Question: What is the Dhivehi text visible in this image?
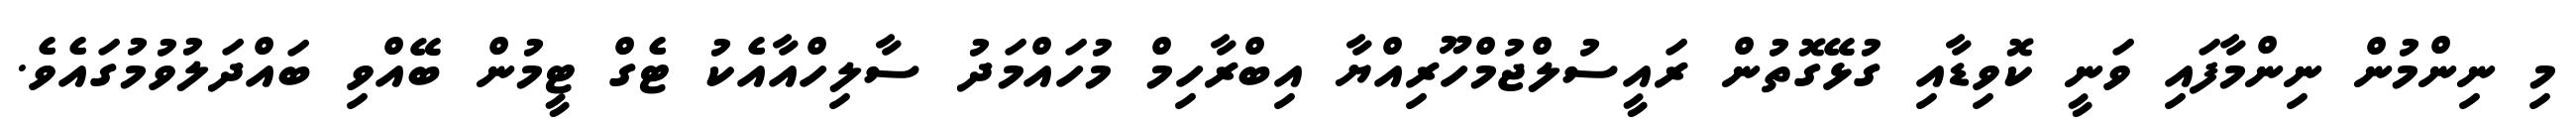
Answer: މި ނިންމުން ނިންމާފައި ވަނީ ކޮވިޑާއި ގުޅޭގޮތުން ރައީސުލްޖުމްހޫރިއްޔާ އިބްރާހިމް މުހައްމަދު ސާލިހްއާއެކު ޓެގް ޓީމުން ބޭއްވި ބައްދަލުވުމުގައެވެ.